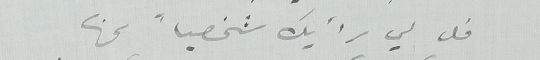
قل لي رأيك شخصياً بها